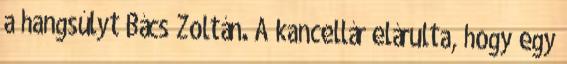
a hangsúlyt Bács Zoltán. A kancellár elárulta, hogy egy